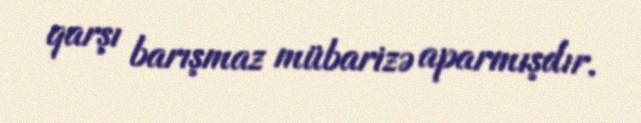
qarşı barışmaz mübarizə aparmışdır.